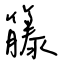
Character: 籐